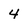
Character: 4